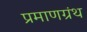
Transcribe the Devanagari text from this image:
प्रमाणग्रंथ